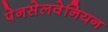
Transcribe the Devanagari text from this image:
पेनसेलवेनियन